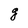
Character: g